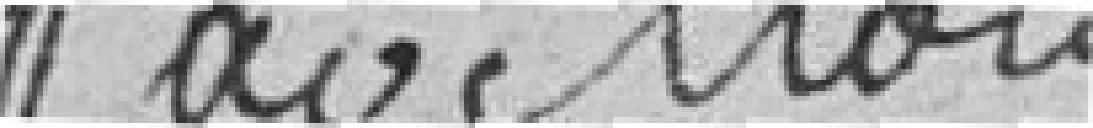
Pavillon